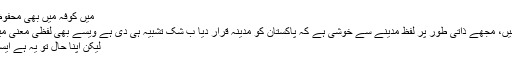
میں کوفہ میں بھی محفوظ رہا اور تم مدینہ میں مار دئیے گئے
حکیم عبدالحمید ساحب کےاس فقرے میں، مجھے ذاتی طور پر لفظ مدینے سے خوشی ہے کہ پاکستان کو مدینہ قرار دیا ب شک تشبیہ ہی دی ہے ویسے بھی لفظی معنی میں پاکستان اور مدینہ طیبہ مترادف ہیں
لیکن اپنا حال تو یہ ہے ایسی تاریکیاں آنکھوں میں بسی ہیں فراز۔